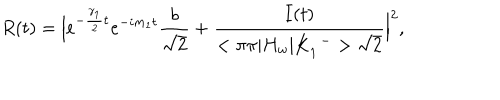
LaTeX: R ( t ) = \Big | e ^ { - { \frac { \gamma _ { 1 } } { 2 } } t } e ^ { - i m _ { 1 } t } { \frac { b } { \sqrt { 2 } } } + { \frac { I ( t ) } { < \pi \pi | H _ { w } | K _ { 1 } ^ { \enspace - } > \sqrt { 2 } } } \Big | ^ { 2 } ,